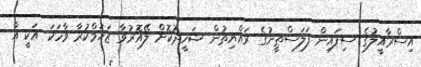
އިސްރާއީލުގެ ސިފައިން ފަލަސްޠީނުގެ ރައްޔިތުން ޝަހީދުކޮށް ލޭއޮރުވާ ޒަޚަމްކުރާ ވާހަކަ އަކީ އާ